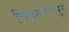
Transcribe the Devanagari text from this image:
विद्वताभरपूर